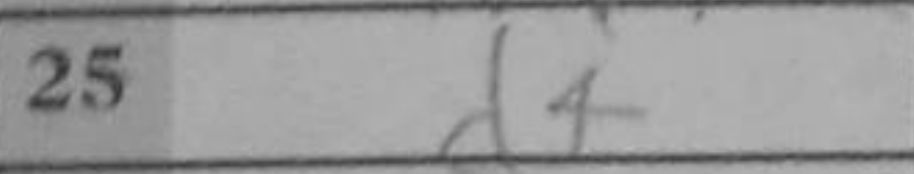
Transcription: d4